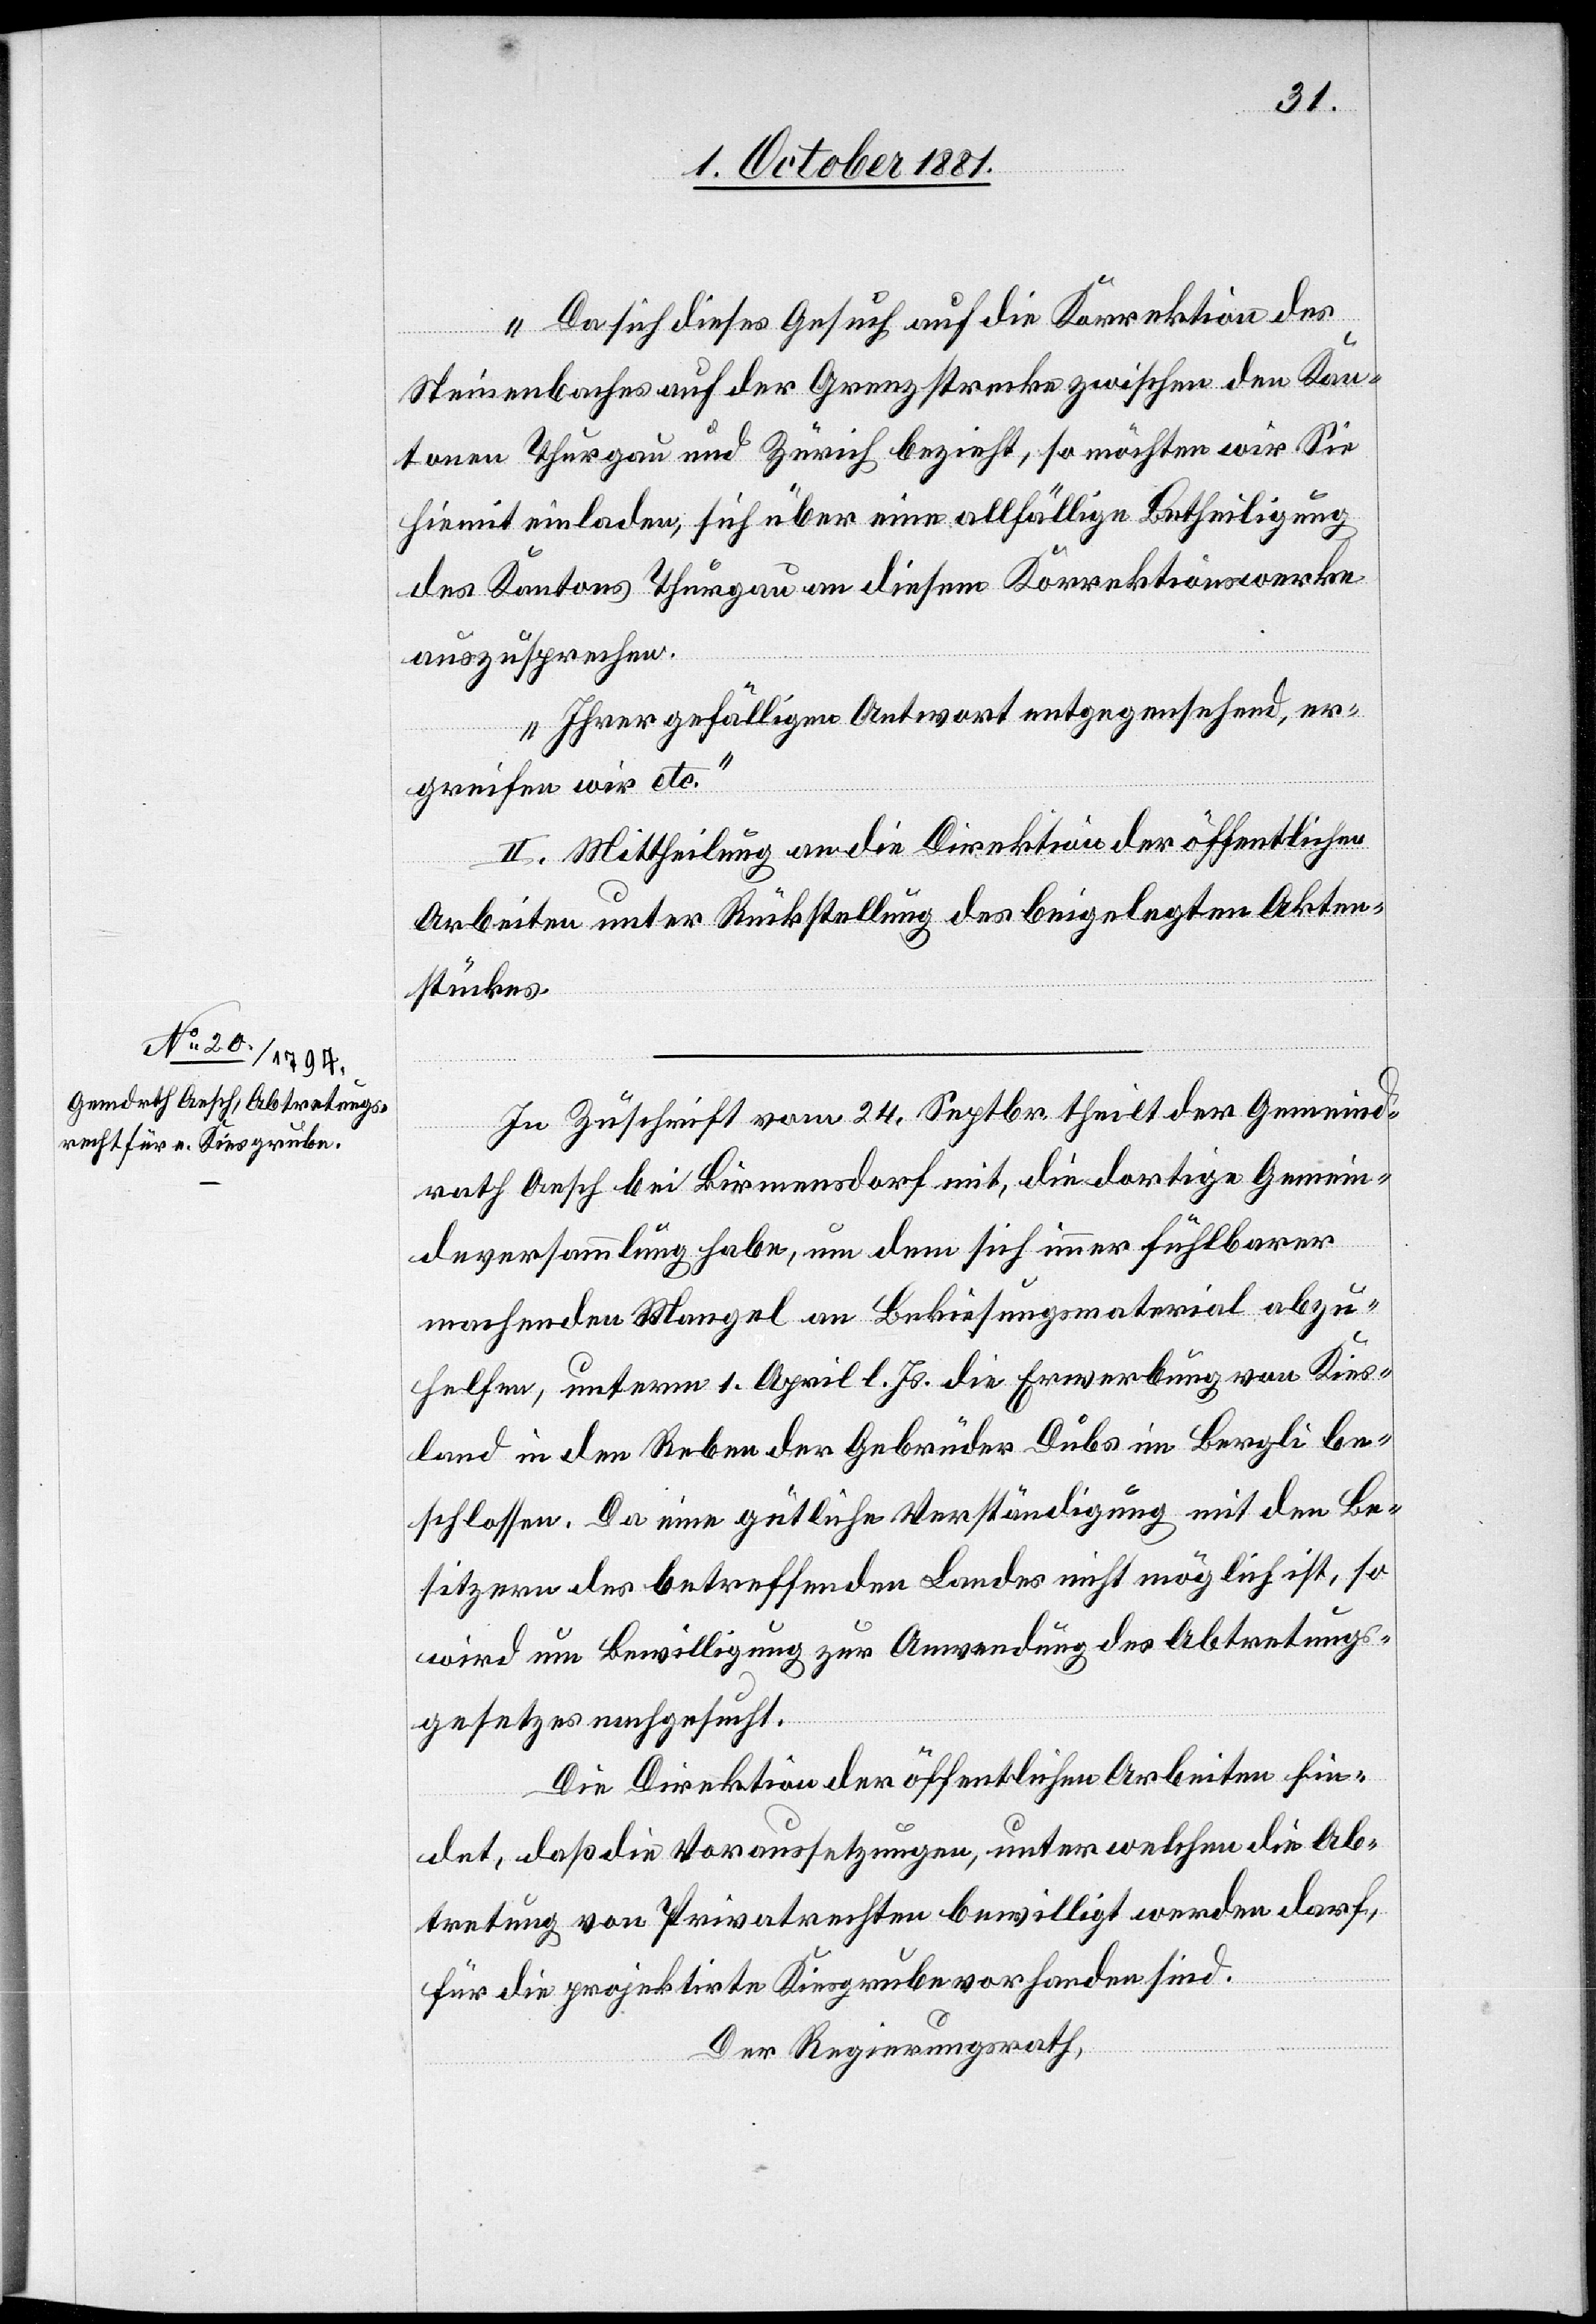
Da sich dieses Gesuch auf die Korrektion des
Steinenbaches auf der Grenzstrecke zwischen den Kan¬
tonen Thurgau und Zürich bezieht, so möchten wir Sie
hiemit einladen, sich über eine allfällige Betheiligung
des Kantons Thurgau an diesem Korrektionswerke
auszusprechen.
Ihrer gefälligen Antwort entgegensehend, er¬
greifen wir etc.“
II. Mittheilung an die Direktion der öffentlichen
Arbeiten unter Rückstellung des beigelegten Akten¬
stückes.
In Zuschrift vom 24. Septbr. theilt der Gemeind¬
rath Aesch bei Birmensdorf mit, die dortige Gemein¬
deversammlung habe, um dem sich immer fühlbarer
machenden Mangel an Bekiesungsmaterial abzu¬
helfen, unterm 1. April l. Js. die Erwerbung von Kies¬
land in den Reben der Gebrüder Dubs im Bergli be¬
schlossen. Da eine gütliche Verständigung mit den Be¬
sitzern des betreffenden Landes nicht möglich ist, so
wird um Bewilligung zur Anwendung des Abtretungs¬
gesetzes nachgesucht.
Die Direktion der öffentlichen Arbeiten fin¬
det, daß die Voraussetzungen, unter welchen die Ab¬
tretung von Privatrechten bewilligt werden darf,
für die projektirte Kiesgrube vorhanden sind.
Der Regierungsrath,